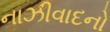
નાઝીવાદનો